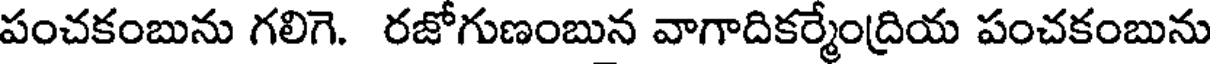
పంచకంబును గలిగె. రజోగుణంబున వాగాదికర్మేంద్రియ పంచకంబును